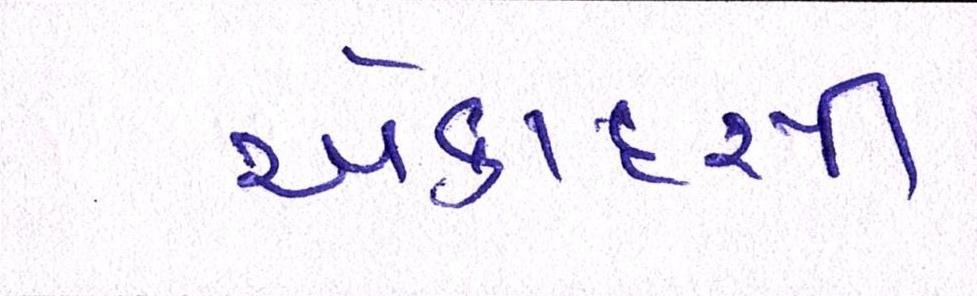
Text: એકાદસી